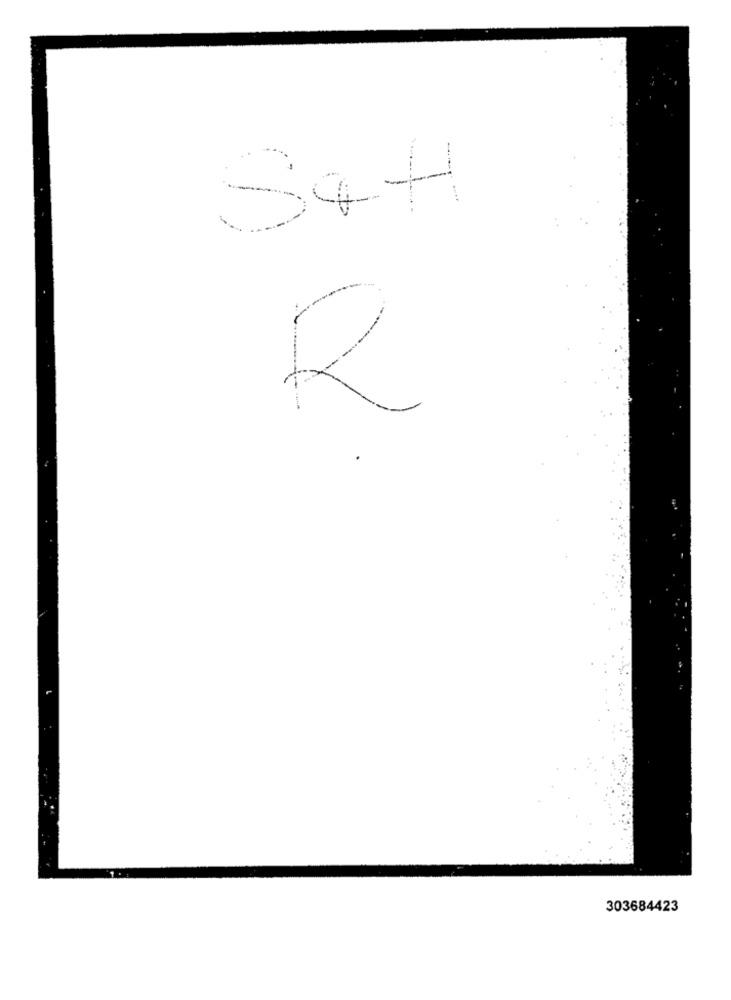
R
303684423